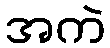
အကဲ